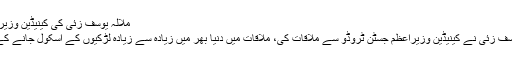
ملالہ یوسف زئی کی کینیڈین وزیراعظم جسٹن ٹروڈو سے ملاقات
اوٹاوا : نوبل انعام یافتہ ملالہ یوسف زئی نے کینیڈین وزیراعظم جسٹن ٹروڈو سے ملاقات کی، ملاقات میں دنیا بھر میں زیادہ سے زیادہ لڑکیوں کے اسکول جانے کے لئے کوششوں پر اتفاق کیاگیا۔